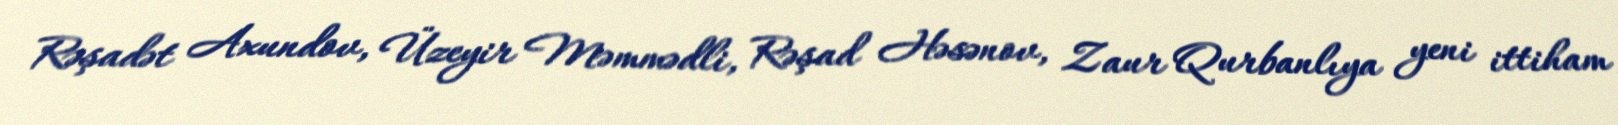
Rəşadət Axundov, Üzeyir Məmmədli, Rəşad Həsənov, Zaur Qurbanlıya yeni ittiham